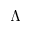
\Lambda